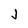
Character: J